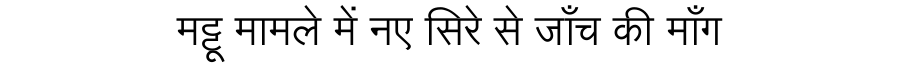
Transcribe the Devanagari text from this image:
मट्टू मामले में नए सिरे से जाँच की माँग